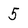
Character: 5